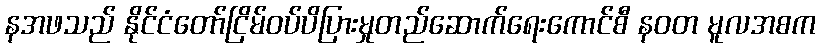
နအဖသည် နိုင်ငံတော်ငြိမ်ဝပ်ပိပြားမှုတည်ဆောက်ရေးကောင်စီ နဝတ မူလအစက